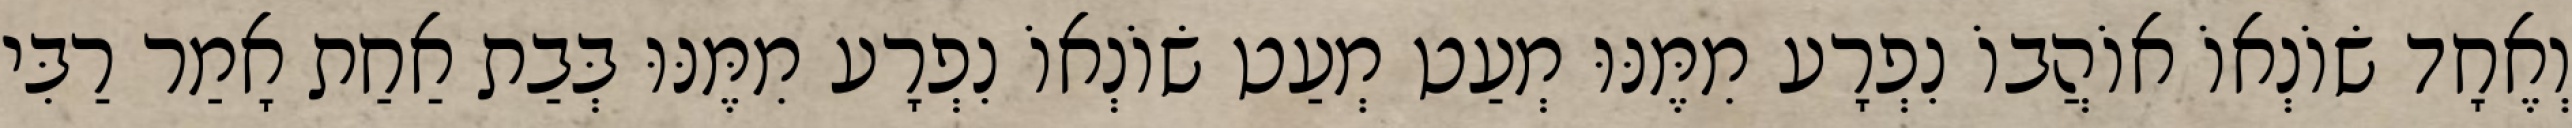
וְאֶחָד שׂוֹנְאוֹ אוֹהֲבוֹ נִפְרָע מִמֶּנּוּ מְעַט מְעַט שׂוֹנְאוֹ נִפְרָע מִמֶּנּוּ בְּבַת אַחַת אָמַר רַבִּי